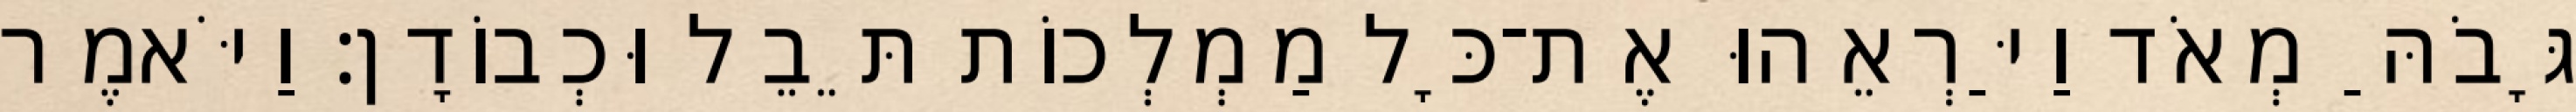
גָּבֹהַּ מְאֹד וַיַּרְאֵהוּ אֶת־כָּל מַמְלְכוֹת תֵּבֵל וּכְבוֹדָן׃ וַיֹּאמֶר